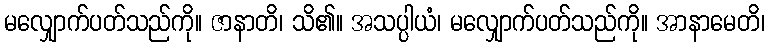
မလျှောက်ပတ်သည်ကို။ ဇာနာတိ၊ သိ၏။ အသပ္ပါယံ၊ မလျှောက်ပတ်သည်ကို။ အာနာမေတိ၊